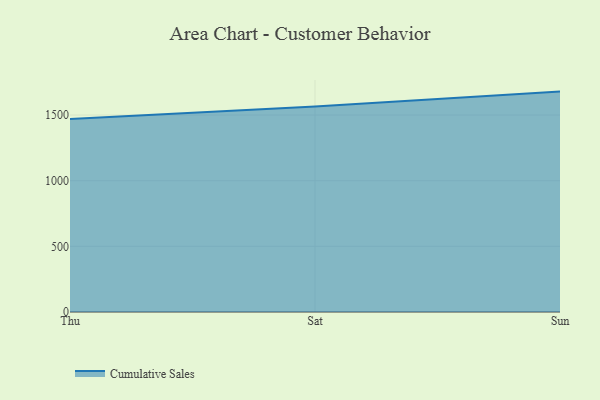
{"axis": {"x": "Day", "y": "Revenue (USD Million)"}, "legend": ["Cumulative Sales"], "data": [{"x": "Thu", "y": 1469.3, "type": "Cumulative Sales"}, {"x": "Sat", "y": 1565.2, "type": "Cumulative Sales"}, {"x": "Sun", "y": 1678.6, "type": "Cumulative Sales"}]}